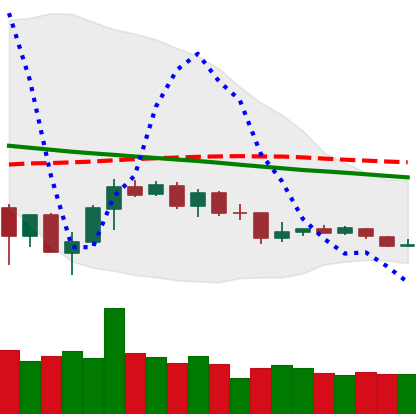
Ticker: TRX-USD
Chart end date: 2019-12-11
Forward return: -4.866%
Label: down_3_5